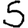
Digit: 5